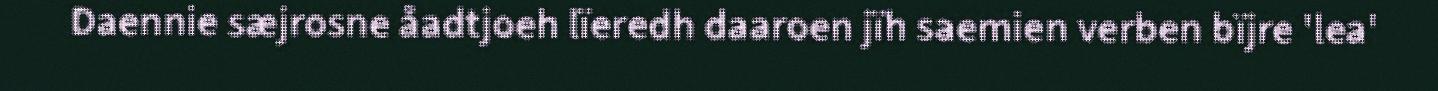
Daennie sæjrosne åadtjoeh lïeredh daaroen jïh saemien verben bïjre 'lea'